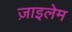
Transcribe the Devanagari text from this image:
ज़ाइलेम